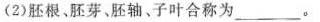
(2)胚根、胚芽、胚轴、子叶合称为___。